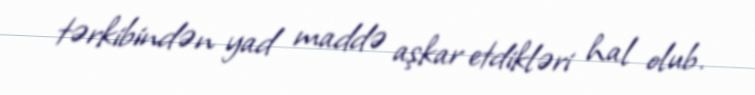
tərkibindən yad maddə aşkar etdikləri hal olub.